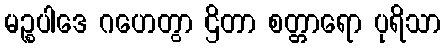
မဉ္စပါဒေ ဂဟေတွာ ဌိတာ စတ္တာရော ပုရိသာ